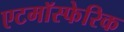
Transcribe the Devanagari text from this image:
एटमॉस्फेरिक